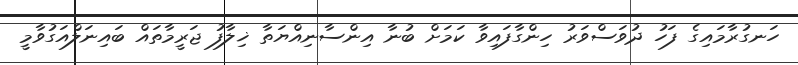
ހަނގުރާމައިގެ ފަހު ދުވަސްވަރު ހިންގާފައިވާ ކަމަށް ބުނާ އިންސާނިއްޔަތާ ޚިލާފު ޖަރީމާތައް ބައިނަލްއަގުވާމީ